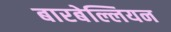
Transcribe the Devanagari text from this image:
बारबेल्लियन